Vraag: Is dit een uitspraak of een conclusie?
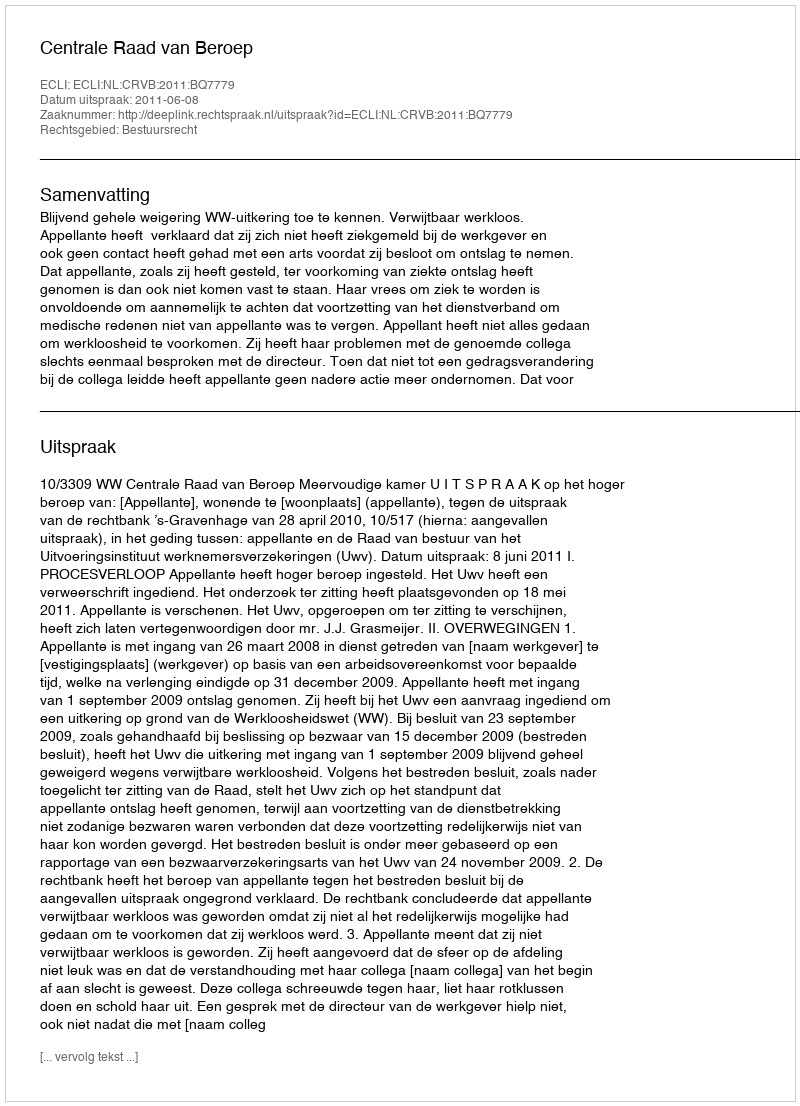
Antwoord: Uitspraak